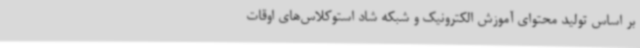
بر اساس تولید محتوای آموزش الکترونیک و شبکه شاد استوکلاس‌های اوقات